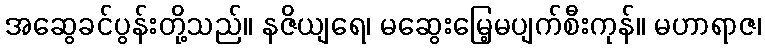
အဆွေခင်ပွန်းတို့သည်။ နဇိယျရေ၊ မဆွေးမြေ့မပျက်စီးကုန်။ မဟာရာဇ၊